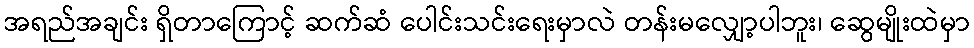
အရည်အချင်း ရှိတာကြောင့် ဆက်ဆံ ပေါင်းသင်းရေးမှာလဲ တန်းမလျှော့ပါဘူး၊ ဆွေမျိုးထဲမှာ